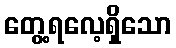
တွေ့ရလေ့ရှိသော